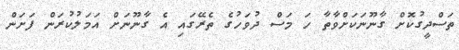
ތަސްދީގުކޮށް ގާނޫނަކަށްވާތާ ހަ މަސް ދުވަހުގެ ތެރޭގައި އެ ގާނޫނަށް އަމަލުކުރަން ފަށަން